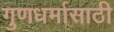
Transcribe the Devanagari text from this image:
गुणधर्मासाठी